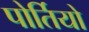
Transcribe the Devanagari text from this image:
पोर्तियो